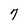
Character: 7